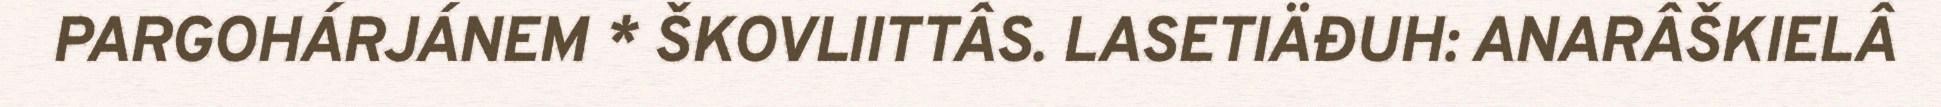
PARGOHÁRJÁNEM * ŠKOVLIITTÂS. LASETIÄĐUH: ANARÂŠKIELÂ